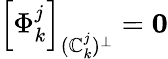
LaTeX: \left[\Phi_{k}^{j}\right]_{(\mathbb{C}_{k}^{j})^{\perp}}=\textbf{{0}}